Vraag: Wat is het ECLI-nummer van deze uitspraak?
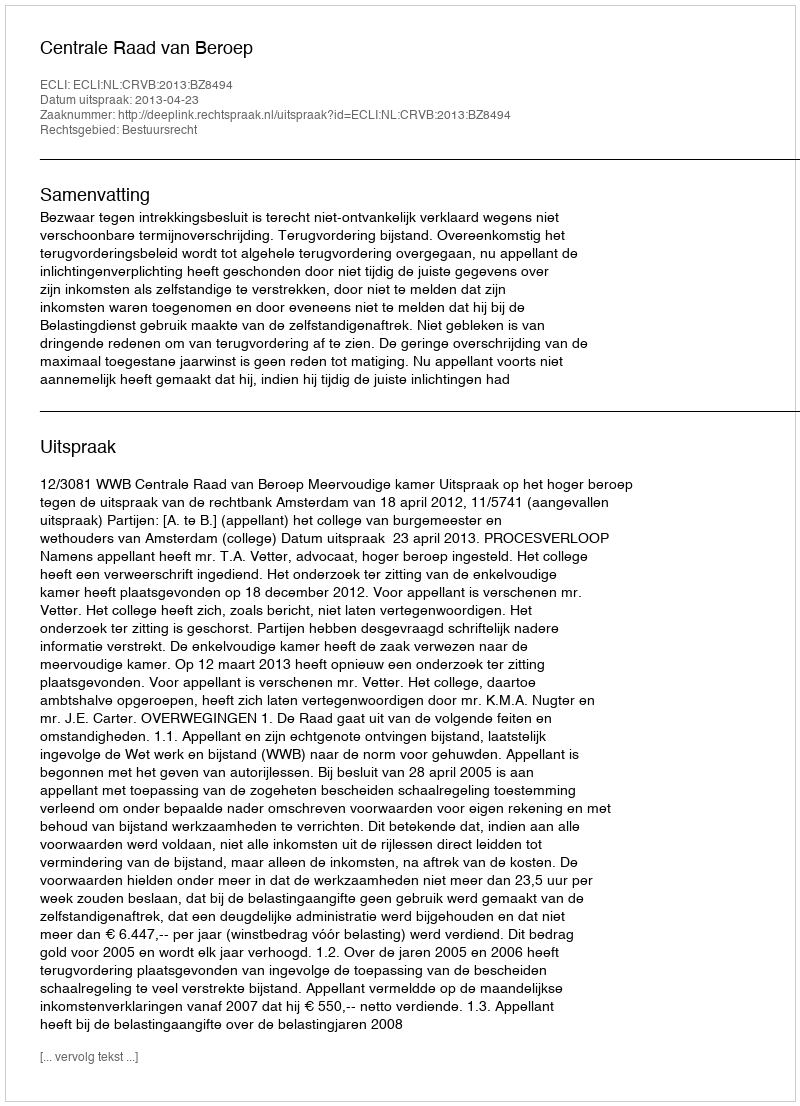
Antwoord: ECLI:NL:CRVB:2013:BZ8494